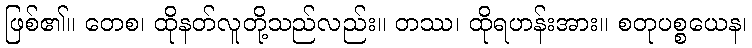
ဖြစ်၏။ တေစ၊ ထိုနတ်လူတို့သည်လည်း။ တဿ၊ ထိုရဟန်းအား။ စတုပစ္စယေန၊